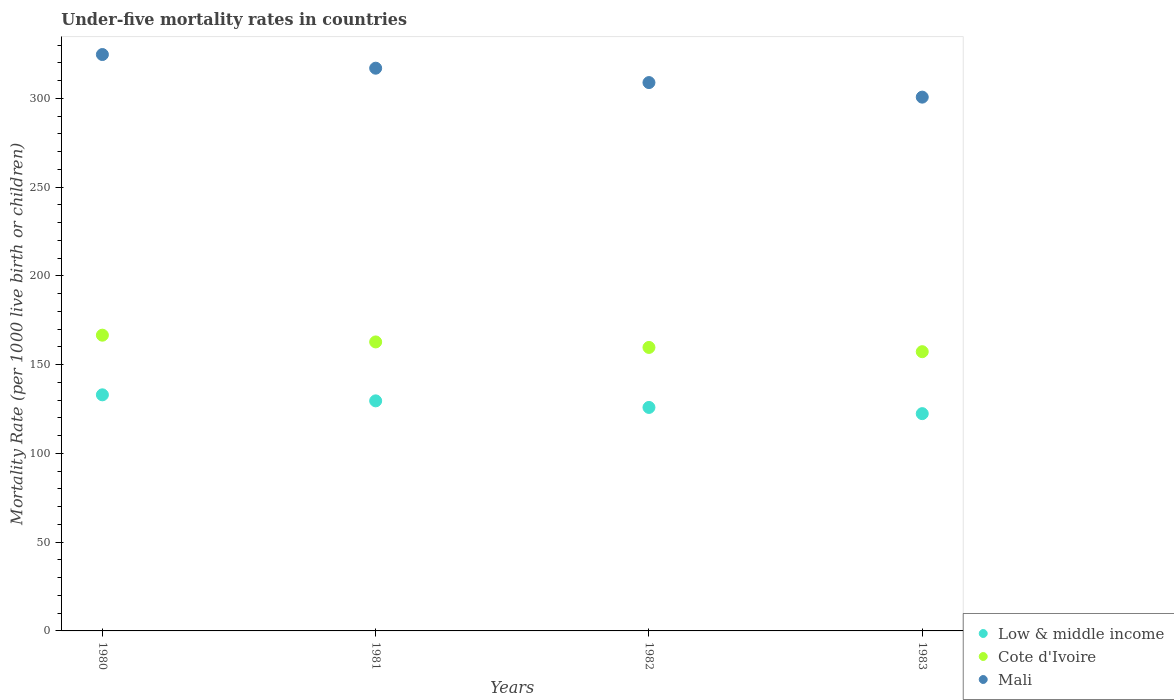
| Years | Low & middle income | Cote d'Ivoire | Mali |
 | --- | --- | --- | --- |
 | 1980 | 133 | 167 | 325 |
 | 1981 | 130 | 163 | 317 |
 | 1982 | 126 | 160 | 309 |
 | 1983 | 122 | 157 | 301 |